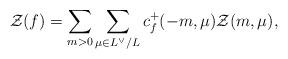
LaTeX: \begin{align*}\mathcal{Z}(f) = \sum_{m>0} \sum_{ \mu \in L^\vee / L} c_f^+(-m,\mu) \mathcal{Z}(m,\mu), \end{align*}